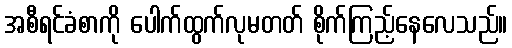
အစီရင်ခံစာကို ပေါက်ထွက်လုမတတ် စိုက်ကြည့်နေလေသည်။